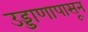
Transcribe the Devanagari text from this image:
उड्डाणापासून